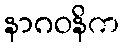
နာဂဝနိက